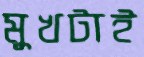
মুখটাই